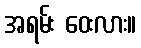
အရမ်း ဝေးလား။